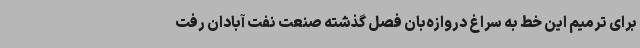
برای ترمیم این خط به سراغ دروازه‌بان فصل گذشته صنعت نفت آبادان رفت